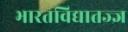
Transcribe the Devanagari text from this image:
भारतविद्यातज्ज्ञ